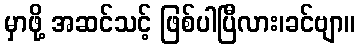
မှာဖို့ အဆင်သင့် ဖြစ်ပါပြီလား၊ခင်ဗျာ။